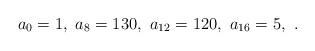
LaTeX: \begin{align*}a_0=1, \,\, a_8=130,\,\, a_{12}=120, \,\,a_{16}=5,\,\,. \end{align*}